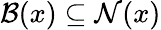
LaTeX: {\mathcal{B}}(x)\subseteq{\mathcal{N}}(x)